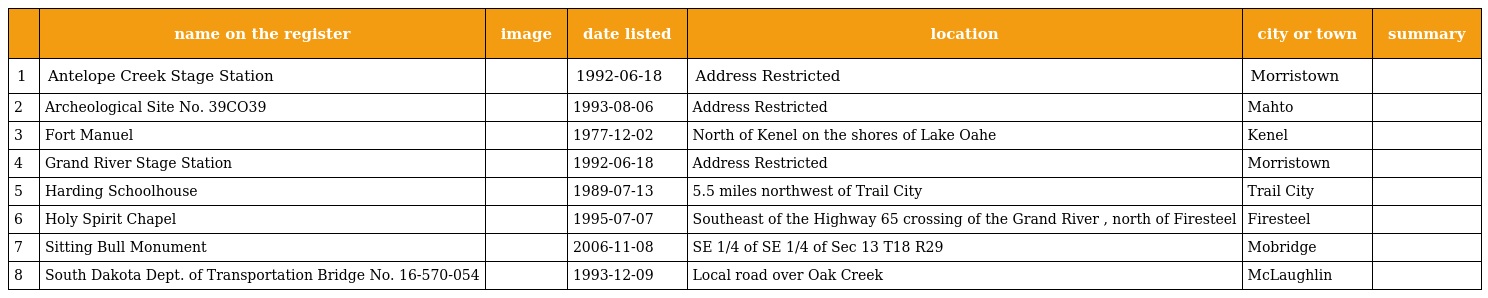
|  | name on the register | image | date listed | location | city or town | summary |
 | --- | --- | --- | --- | --- | --- | --- |
 | 1 | Antelope Creek Stage Station |  | 1992-06-18 | Address Restricted | Morristown |  |
 | 2 | Archeological Site No. 39CO39 |  | 1993-08-06 | Address Restricted | Mahto |  |
 | 3 | Fort Manuel |  | 1977-12-02 | North of Kenel on the shores of Lake Oahe | Kenel |  |
 | 4 | Grand River Stage Station |  | 1992-06-18 | Address Restricted | Morristown |  |
 | 5 | Harding Schoolhouse |  | 1989-07-13 | 5.5 miles northwest of Trail City | Trail City |  |
 | 6 | Holy Spirit Chapel |  | 1995-07-07 | Southeast of the Highway 65 crossing of the Grand River , north of Firesteel | Firesteel |  |
 | 7 | Sitting Bull Monument |  | 2006-11-08 | SE 1/4 of SE 1/4 of Sec 13 T18 R29 | Mobridge |  |
 | 8 | South Dakota Dept. of Transportation Bridge No. 16-570-054 |  | 1993-12-09 | Local road over Oak Creek | McLaughlin |  |